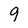
Character: 9